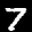
Label: 7